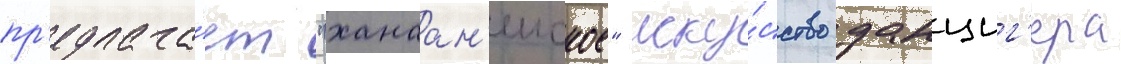
пр'едлага́ет "ханаан'еиское" иску́сство данциг'ера